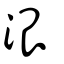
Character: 泿